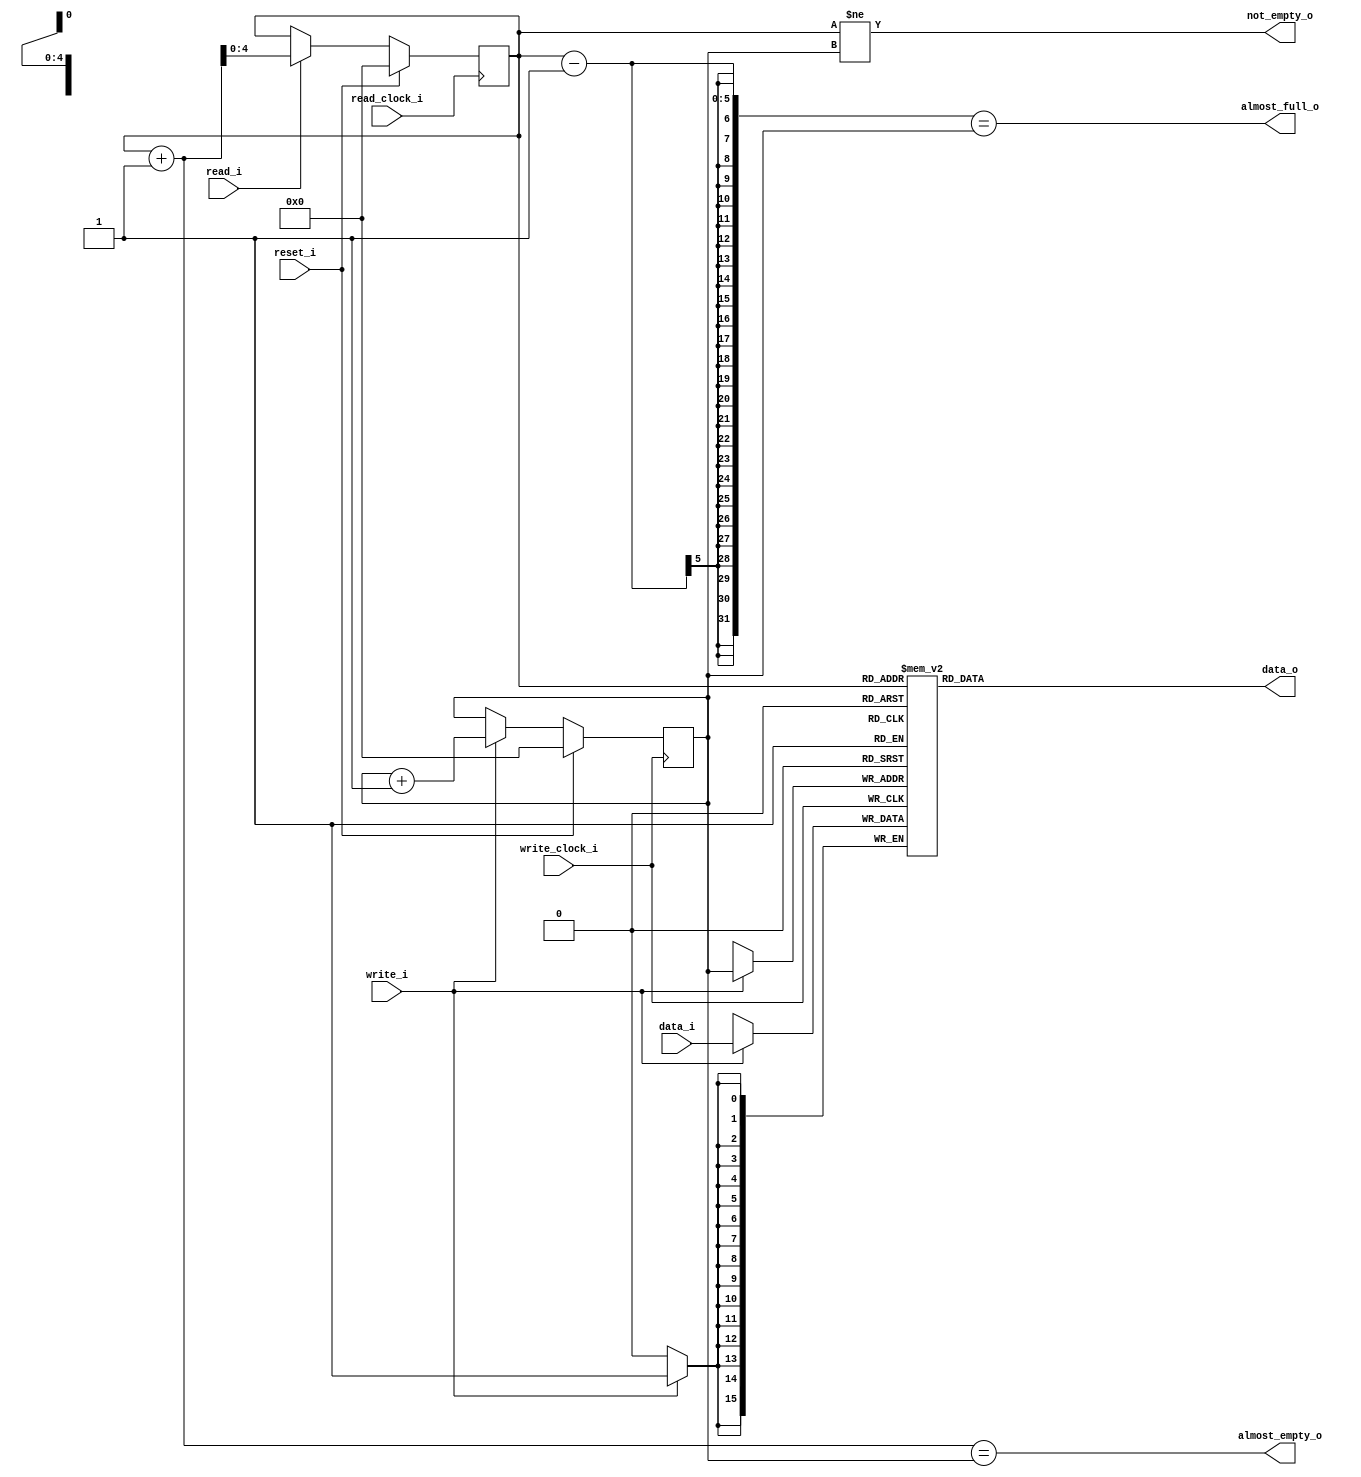
/***************************************************************************
 *                                                                         *
 *   fifo32.v - A First-In/First-Out circular buffer, n-bits wide with     *
 *     32 entries.                                                         *
 *                                                                         *
 *   Copyright (C) 2005 by Patrick Suggate                                 *
 *   patrick@physics.otago.ac.nz                                           *
 *                                                                         *
 *   This program is free software; you can redistribute it and/or modify  *
 *   it under the terms of the GNU General Public License as published by  *
 *   the Free Software Foundation; either version 2 of the License, or     *
 *   (at your option) any later version.                                   *
 *                                                                         *
 *   This program is distributed in the hope that it will be useful,       *
 *   but WITHOUT ANY WARRANTY; without even the implied warranty of        *
 *   MERCHANTABILITY or FITNESS FOR A PARTICULAR PURPOSE.  See the         *
 *   GNU General Public License for more details.                          *
 *                                                                         *
 *   You should have received a copy of the GNU General Public License     *
 *   along with this program; if not, write to the                         *
 *   Free Software Foundation, Inc.,                                       *
 *   59 Temple Place - Suite 330, Boston, MA  02111-1307, USA.             *
 ***************************************************************************/
 
module fifo32 (
		read_clock_i,
		write_clock_i,
		reset_i,
		read_i,		//	Read so advance to next item
		write_i,	//	Write input data into FIFO
		data_i,
		data_o,
		almost_full_o,
		almost_empty_o,
		not_empty_o
	);
	
	//	Default width of 16-bits, but is user specifiable.
	parameter	FIFO_WIDTH	= 16;
	parameter	FIFO_MSB	= FIFO_WIDTH - 1;
	
	input	read_clock_i;
	input	write_clock_i;
	input	reset_i;
	input	read_i;
	input	write_i;
	input	[FIFO_MSB:0]	data_i;
	output	[FIFO_MSB:0]	data_o;
	output	almost_full_o;
	output	almost_empty_o;
	output	not_empty_o;
	
	
	//	Pointers for the FIFO
	reg		[4:0]	f_start		= 5'h0;
	reg		[4:0]	f_end		= 5'h0;
	
	
	//	Control signals
	assign	almost_full_o	= (f_start - 1) == f_end;
	assign	almost_empty_o	= (f_start + 1) == f_end;
	assign	not_empty_o		= f_start != f_end;
	
	
	//	Remove data from the FIFO
	always @(posedge read_clock_i)
	begin
		if (reset_i)
			f_start	<= 5'b0;
		else
		begin
			if (read_i)
				f_start	<= f_start + 1;
			else
				f_start	<= f_start;
		end
	end
	
	
	//	Add data to the FIFO
	always @(posedge write_clock_i)
	begin
		if (reset_i)
			f_end	<= 5'b0;
		else
		begin
			if (write_i)
				f_end	<= f_end + 1;
			else
				f_end	<= f_end;
		end
	end
	
	
	//synthesis attribute ram_style of mem is distributed
	reg    [FIFO_MSB:0]  mem[0:31]; //pragma attribute mem ram_block FALSE
	
	always @ (posedge write_clock_i)
	begin
		if (write_i)
		begin     
			mem[f_end]  <= data_i;  
		end
	end
	
	assign data_o = mem[f_start];  //unregistered read            
	
	
endmodule	//	fifo32